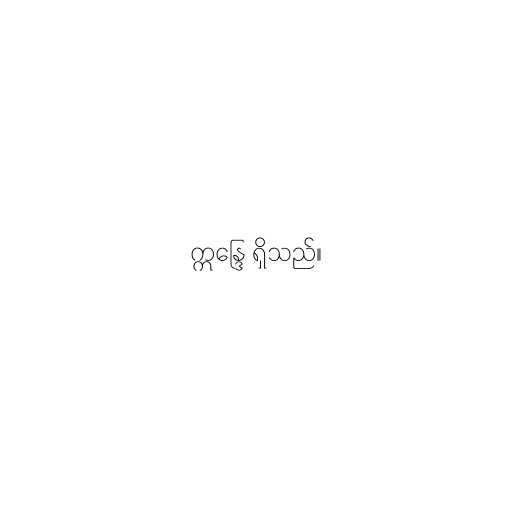
ဣန္ဒြေ ရှိသည်။